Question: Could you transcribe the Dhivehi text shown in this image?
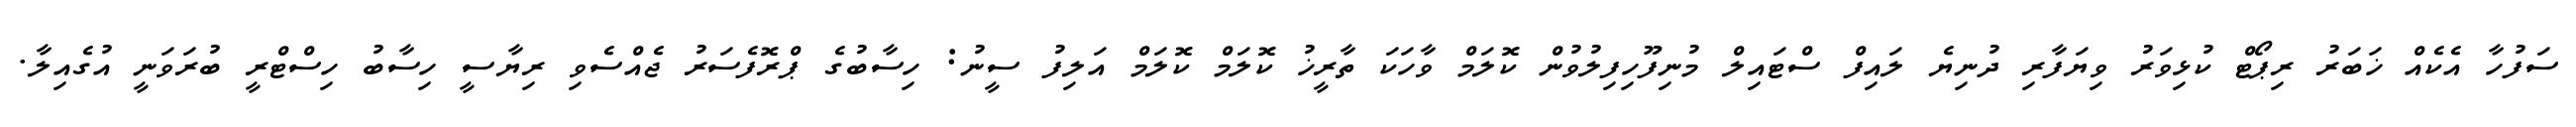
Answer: ސަފުހާ އެކެއް ޚަބަރު ރިޕޯޓް ކުޅިވަރު ވިޔަފާރި ދުނިޔެ ލައިފް ސްޓައިލް މުނިފޫހިފިލުވުން ކޮލަމް ވާހަކަ ތާރީޚު ކޮލަމް ކޮލަމް އަލިފު ސީނު: ހިސާބުގެ ޕްރޮފެސަރު ޖެއްސެވި ރިޔާސީ ހިސާބު ހިސްޓްރީ ބުރަވަނީ އުގެއިލާ.